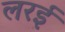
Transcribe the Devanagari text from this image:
लरई